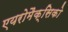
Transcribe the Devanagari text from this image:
एयरोमैक्सिको